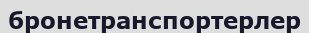
бронетранспортерлер